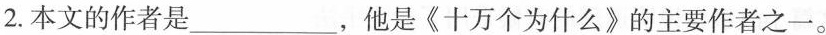
2.本文的作者是___，他是《十万个为什么》的主要作者之一。